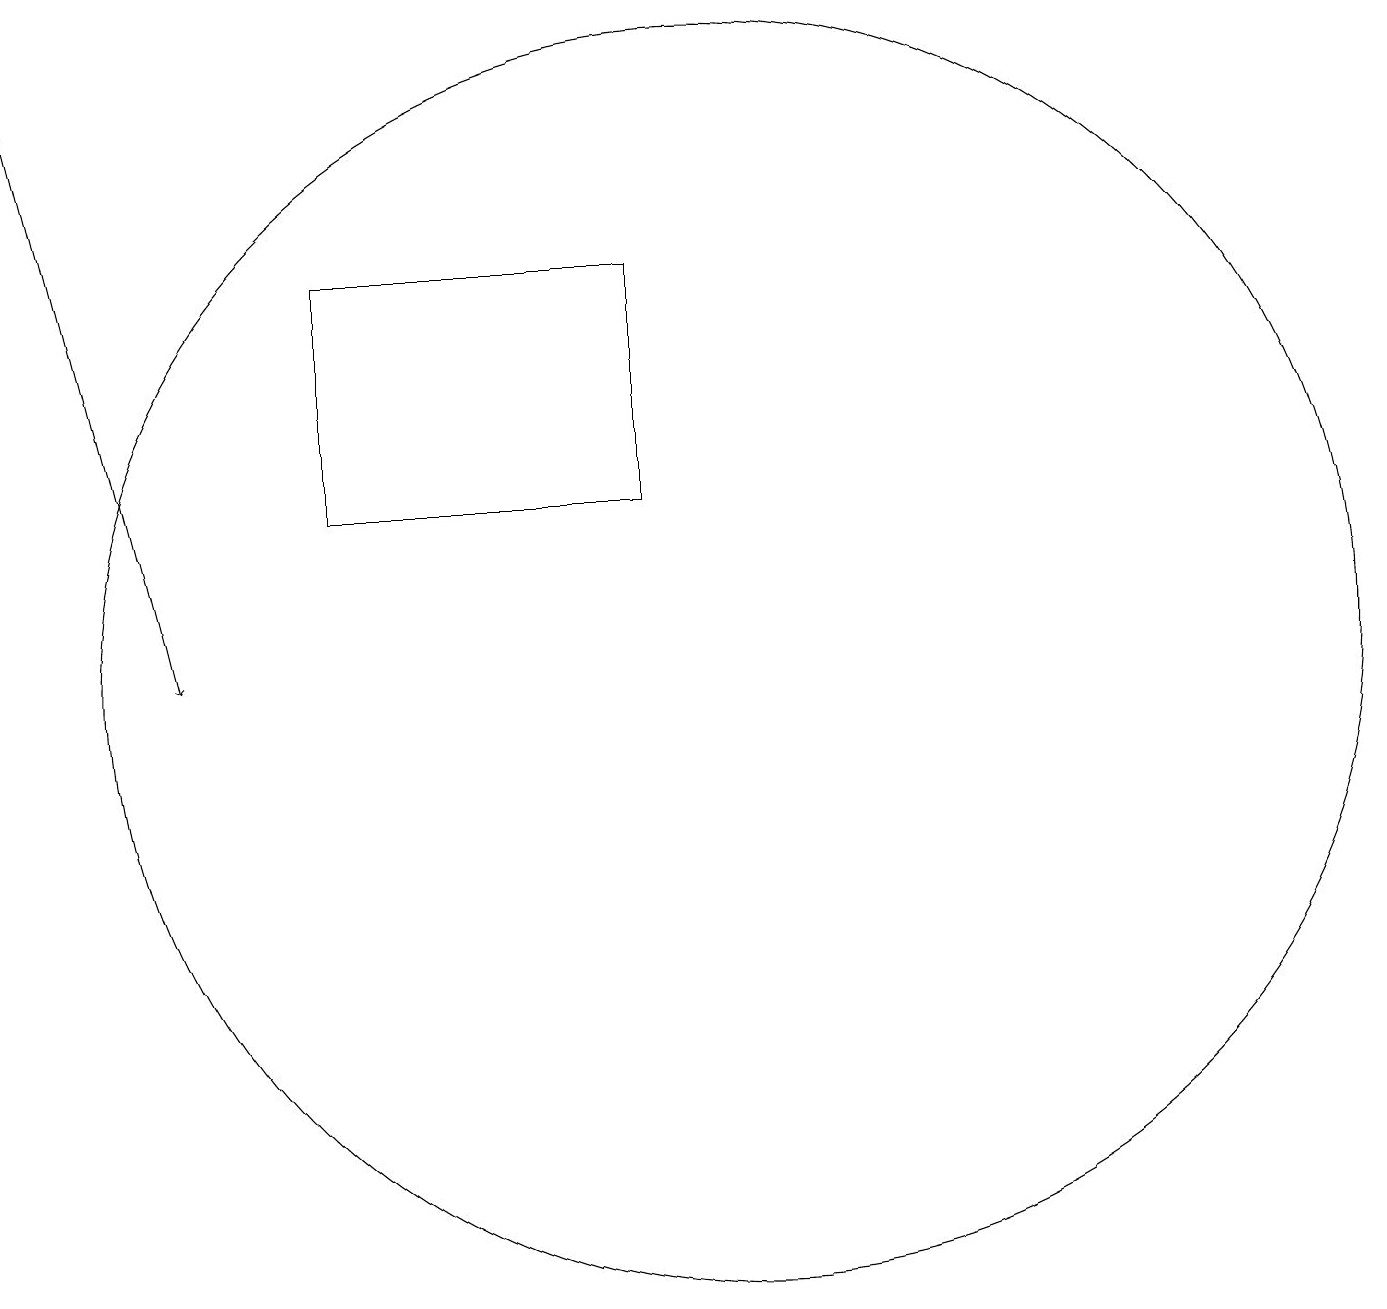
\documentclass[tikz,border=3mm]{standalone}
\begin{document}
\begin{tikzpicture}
\draw (10,11) circle (8);
\draw (5,13) rectangle (9,16);
\draw (10,12) circle (0);
\draw[->] (1,19) -- (3,11);
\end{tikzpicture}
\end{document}